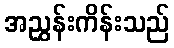
အညွှန်းကိန်းသည်